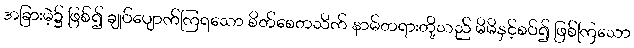
အခြားမဲ့၌ ဖြစ်၍ ချုပ်ပျောက်ကြရသော စိတ်စေတသိက် နာမ်တရားတို့သည် မိမိနှင့်စပ်၍ ဖြစ်ကြသော